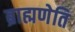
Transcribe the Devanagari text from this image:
ब्राह्मणेति